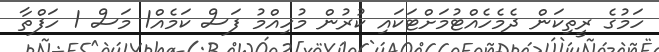
ހަމުގެ ރީތިކަން ދެމެހެއްޓުމަށްޓަކައި ކުރުން މުހިއްމު ފަސް ކަމެއް1 މަސް 1 ހަފްތާ